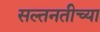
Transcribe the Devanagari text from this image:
सल्तनतीच्या